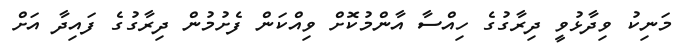
މަނިކު ވިދާޅުވީ ދިރާގުގެ ހިއްސާ އާންމުކޮށް ވިއްކަން ފެށުމުން ދިރާގުގެ ފައިދާ އަށް